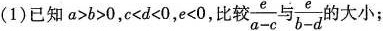
(1)已知$$a > b > 0$$，$$c < d < 0$$，$$e < 0$$，比较$$\frac { e } { a - c }$$与$$\frac { e } { b - d }$$的大小；